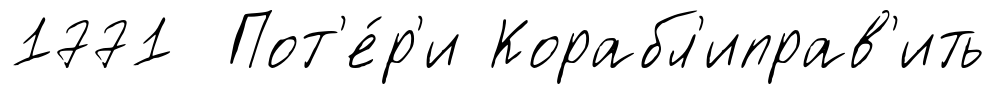
1771 Пот'е́р'и Корабл'иправ'ить